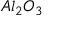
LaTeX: A l _ { 2 } O _ { 3 }